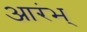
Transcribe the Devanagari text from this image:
आरंभ्